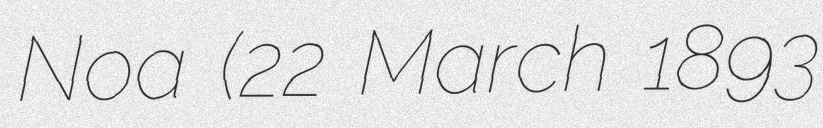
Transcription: Noa (22 March 1893